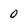
Character: 0